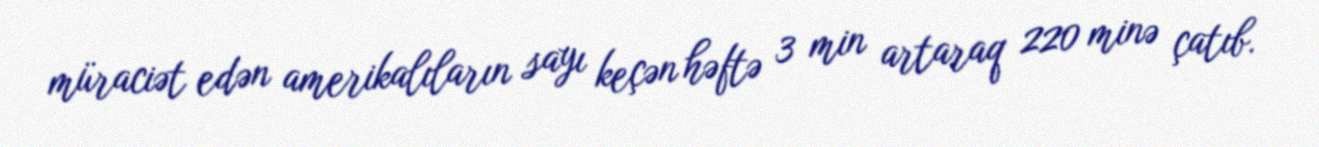
müraciət edən amerikalıların sayı keçən həftə 3 min artaraq 220 minə çatıb.